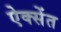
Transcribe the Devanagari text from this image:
ऐक्सेंत